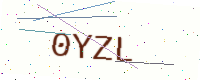
Text: 0YZL